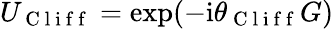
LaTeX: U_{\mathrm{~C~l~i~f~f~}}=\exp(-\mathrm{i}\theta_{\mathrm{~C~l~i~f~f~}}G)